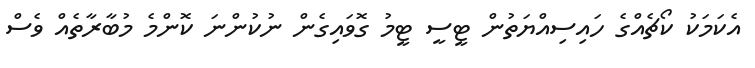
އެކަމަކު ކޯޗެއްގެ ހައިސިއްޔަތުން ޓީސީ ޓީމު ގޮވައިގެން ނުކުންނަ ކޮންމެ މުބާރާތެއް ވެސް